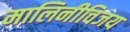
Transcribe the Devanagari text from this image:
मालिनीविजय